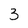
Character: 3